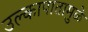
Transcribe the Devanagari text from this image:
उल्कापातामुळे